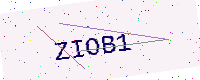
Text: ZIOB1